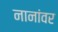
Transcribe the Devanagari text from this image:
नानांवर